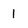
Character: l